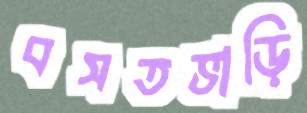
বসতভাড়ি